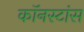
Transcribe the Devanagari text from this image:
कॉनस्टांस